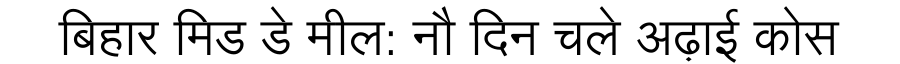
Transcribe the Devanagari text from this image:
बिहार मिड डे मील: नौ दिन चले अढ़ाई कोस